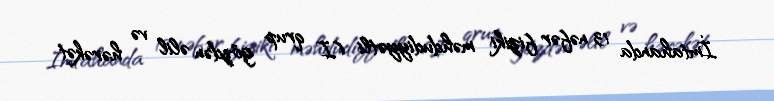
İmtahanda 13 nəfər fiziki məhdudiyyətli (I qrup gözdən əlil və hərəkət